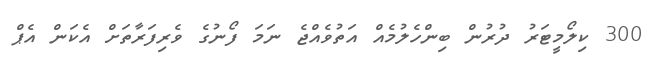
300 ކިލޯމީޓަރު ދުރުން ބިންހެލުމެއް އަތުވެއްޖެ ނަމަ ފޯނުގެ ވެރިފަރާތަށް އެކަން އެޕް